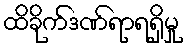
ထိခိုက်ဒဏ်ရာရရှိမှု